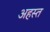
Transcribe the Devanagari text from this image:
अहस्त